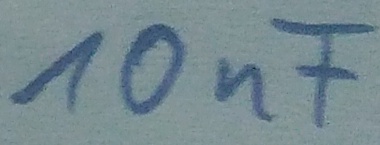
Text: 10nF